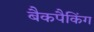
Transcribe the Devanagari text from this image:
बैकपैकिंग